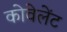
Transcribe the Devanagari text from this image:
कोवेलेंट